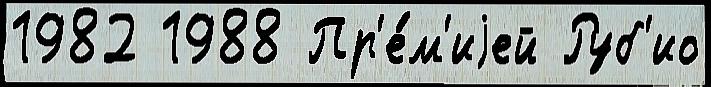
1982 1988 Пр'е́м'иjей Руб'ио